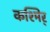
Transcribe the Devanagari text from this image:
कश्मिर्